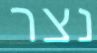
נצר